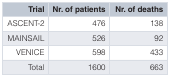
| Trial | Nr. of patients | Nr. of deaths |
 | --- | --- | --- |
 | ASCENT-2 | 476 | 138 |
 | MAINSAIL | 526 | 92 |
 | VENICE | 598 | 433 |
 | Total | 1600 | 663 |